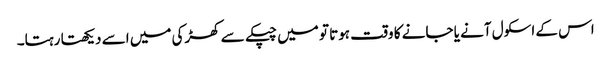
اس کے اسکول آنے یا جانے کا وقت ہوتا تو میں چپکے سے کھڑکی میں اسے دیکھتا رہتا۔